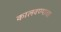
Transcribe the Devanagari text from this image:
कालवण्याचा